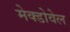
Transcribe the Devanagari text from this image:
मेक्डोवेल